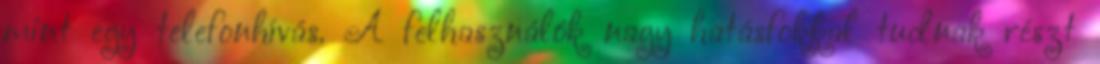
mint egy telefonhívás. A felhasználók nagy hatásfokkal tudnak részt